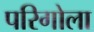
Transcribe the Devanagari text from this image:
परिगोला